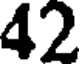
42